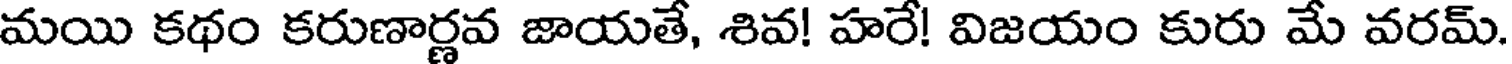
మయి కథం కరుణార్ణవ జాయతే, శివ! హరే! విజయం కురు మే వరమ్